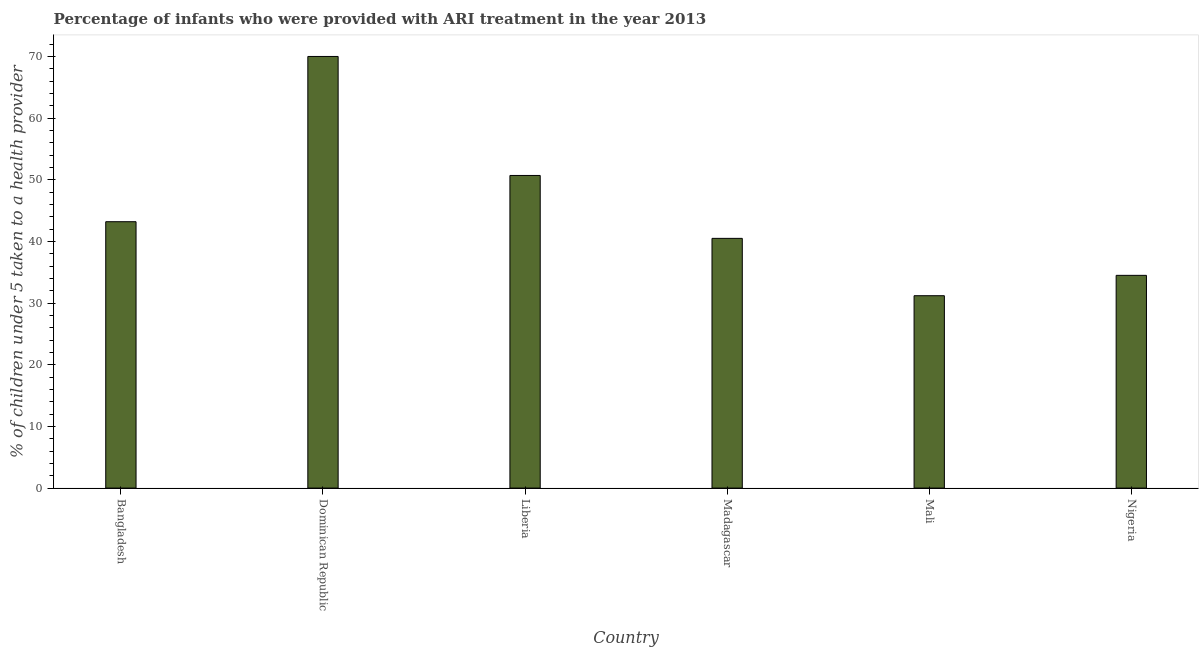
| Country | ARI treatment |
 | --- | --- |
 | Bangladesh | 43.2 |
 | Dominican Republic | 70 |
 | Liberia | 50.7 |
 | Madagascar | 40.5 |
 | Mali | 31.2 |
 | Nigeria | 34.5 |